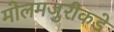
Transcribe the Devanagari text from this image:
मोलमजुरीकडे